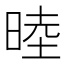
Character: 𬀻